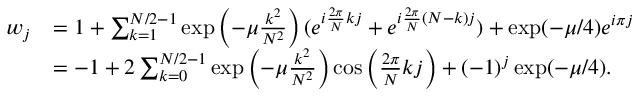
\begin{array} { r l } { w _ { j } } & { = 1 + \sum _ { k = 1 } ^ { N / 2 - 1 } \exp \left( - \mu \frac { k ^ { 2 } } { N ^ { 2 } } \right) ( e ^ { i \frac { 2 \pi } { N } k j } + e ^ { i \frac { 2 \pi } { N } ( N - k ) j } ) + \exp ( - \mu / 4 ) e ^ { i \pi j } } \\ & { = - 1 + 2 \sum _ { k = 0 } ^ { N / 2 - 1 } \exp \left( - \mu \frac { k ^ { 2 } } { N ^ { 2 } } \right) \cos \left( \frac { 2 \pi } { N } k j \right) + ( - 1 ) ^ { j } \exp ( - \mu / 4 ) . } \end{array}